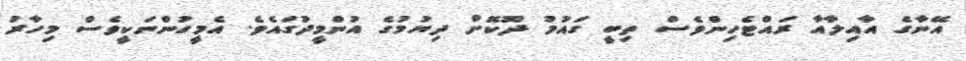
އޭނާގެ އާއިލާއާ ރައްޓެހިންވެސް ތިބީ ގައުމު ދޫކޮށް ދިޔުމުގެ އުންމީދުގައެވެ. އެމީހުންނަކީވެސް މިހާރު